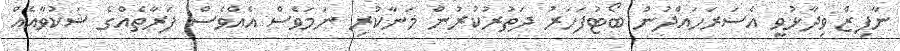
ނާފިޒް ވިދާޅުވީ އެސަރަހައްދުން ބޯޓުފަހަރު ދަތުރުކުރުން މަނާކުރި ނަމަވެސް އެއްވެސް ފަރާތެއްގެ ޝަކުވާއެއް